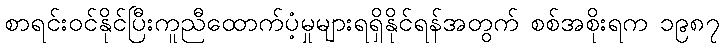
စာရင်းဝင်နိုင်ပြီးကူညီထောက်ပံ့မှုများရရှိနိုင်ရန်အတွက် စစ်အစိုးရက ၁၉၈၇